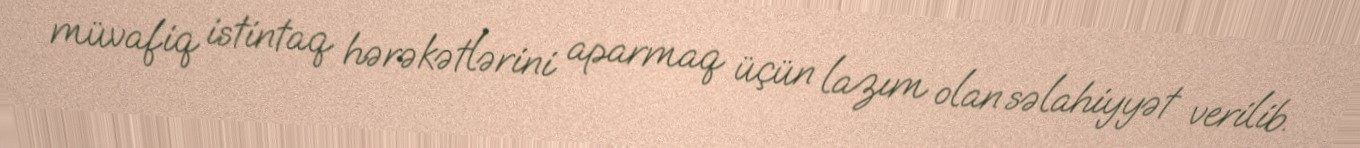
müvafiq istintaq hərəkətlərini aparmaq üçün lazım olan səlahiyyət verilib.